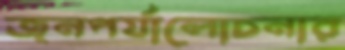
জনপর্যালোচনার